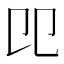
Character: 𠨎